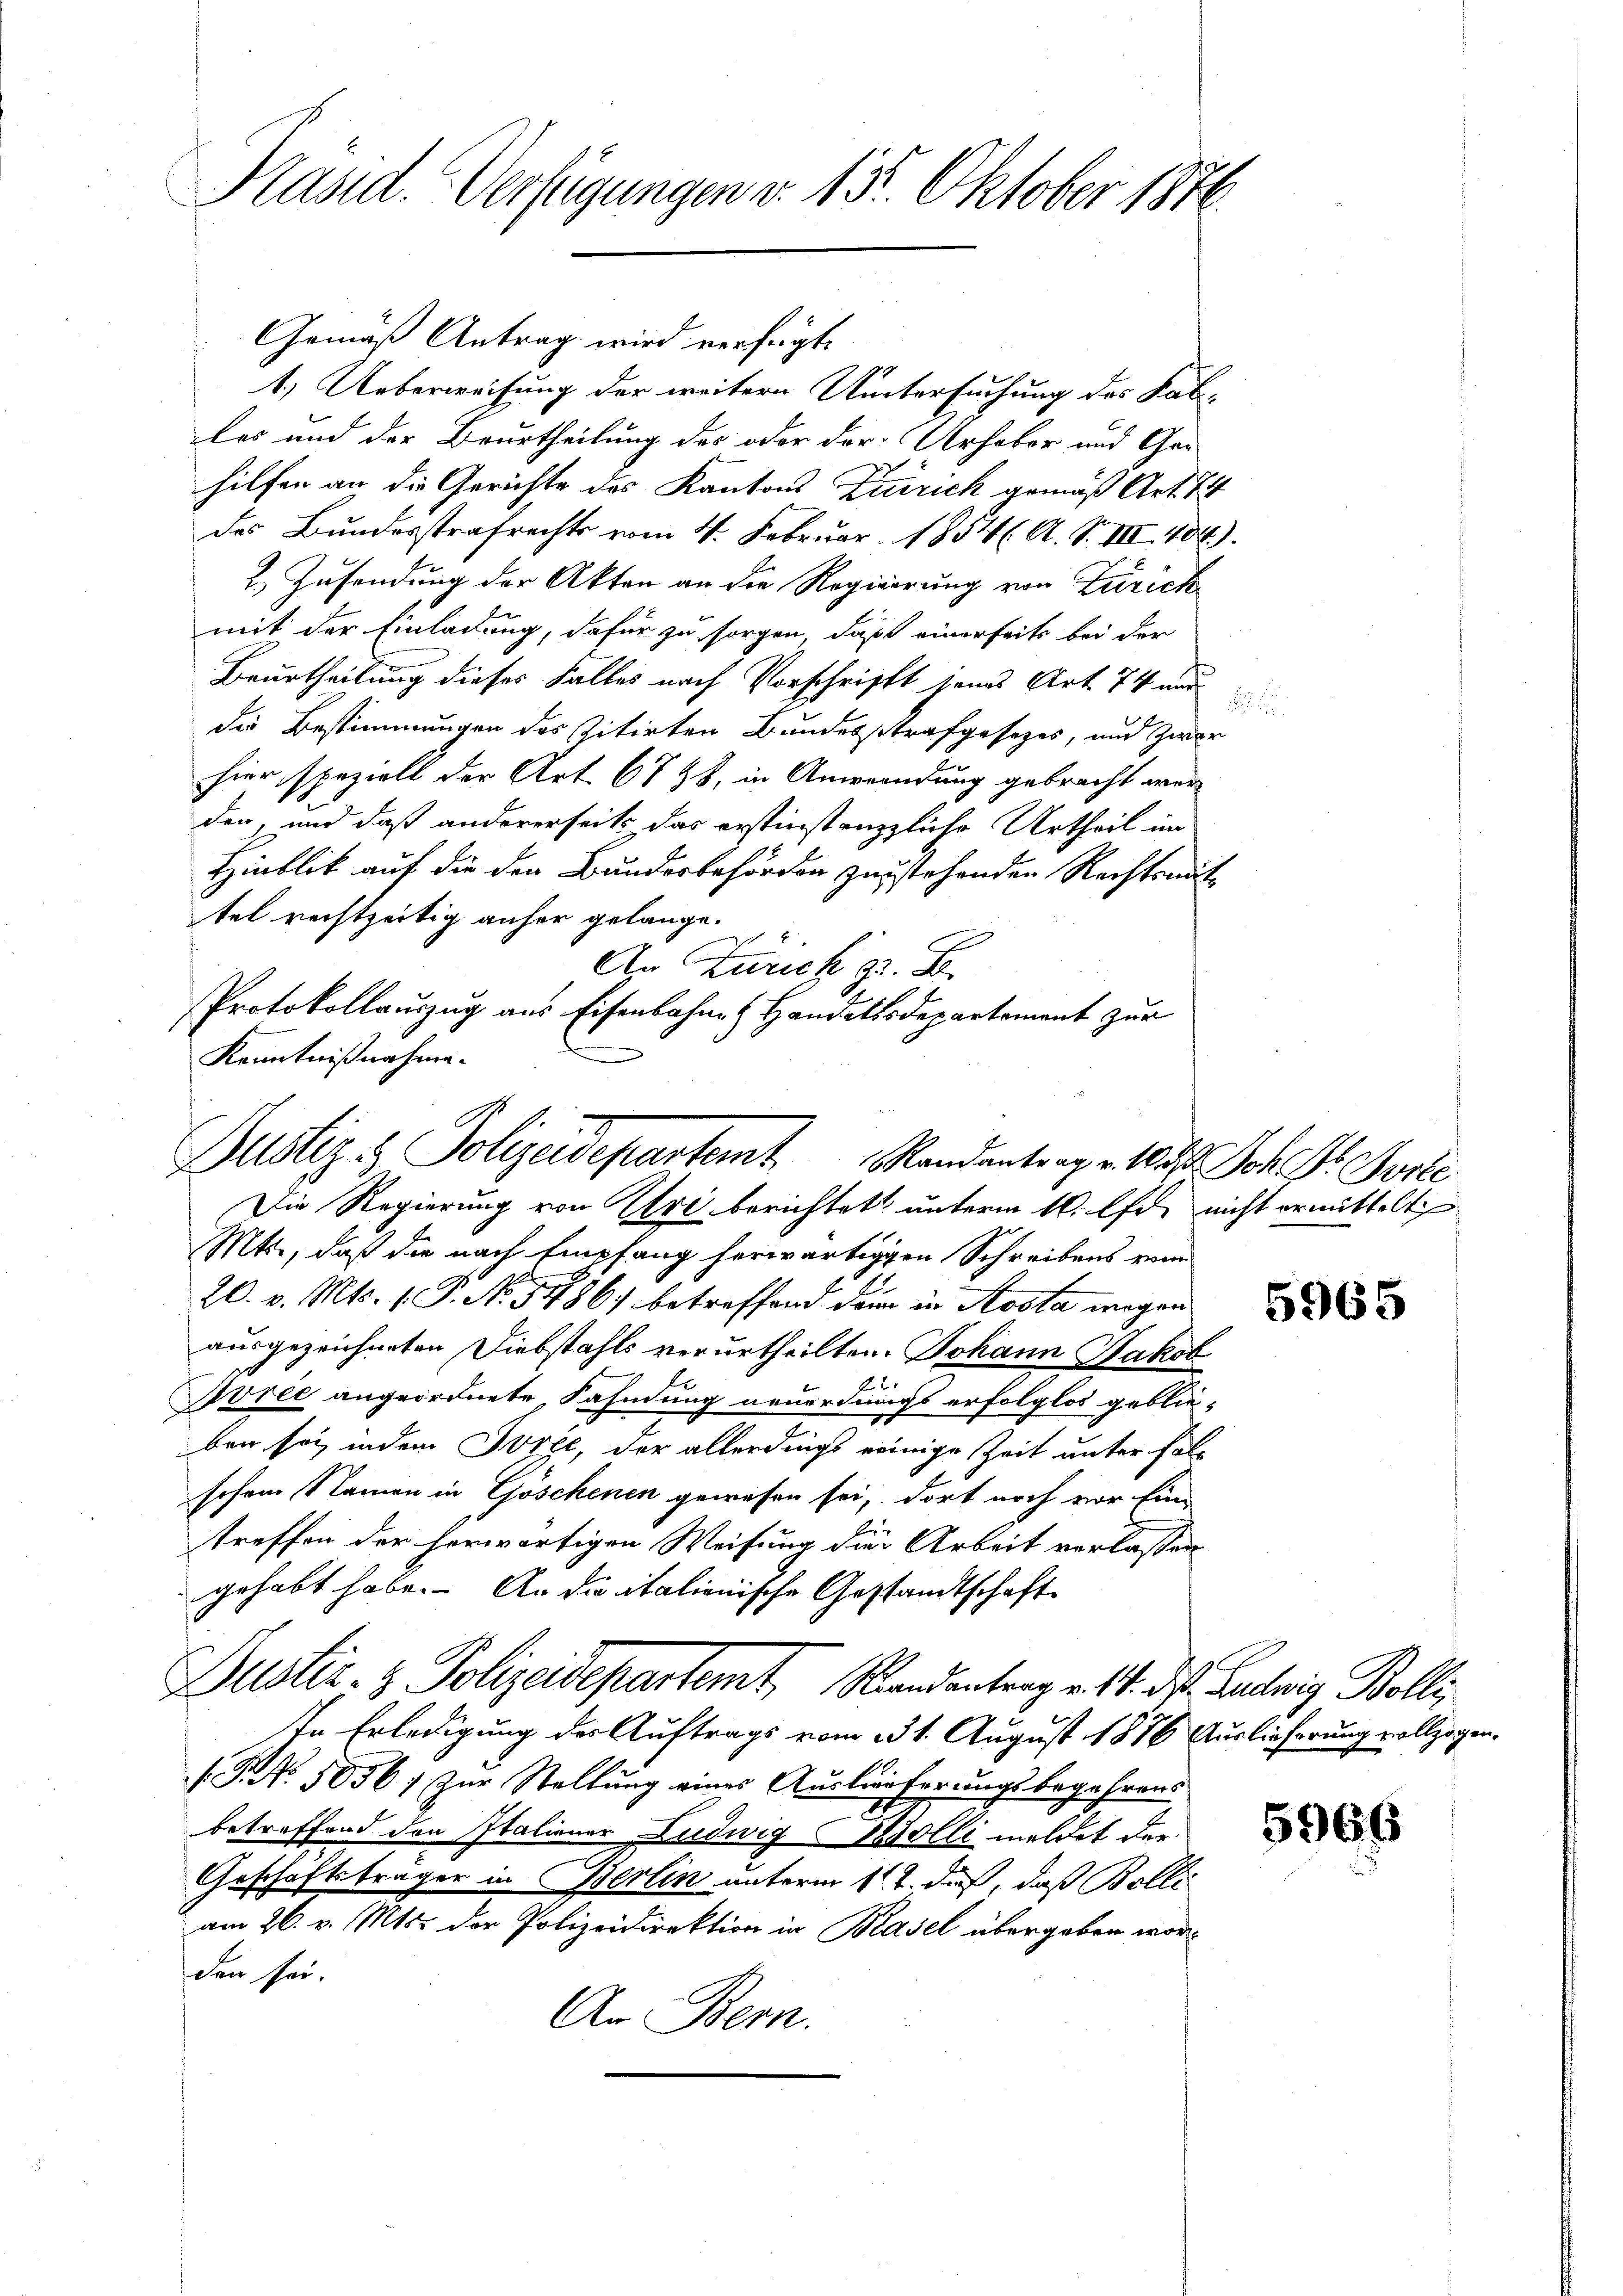
Kasid. Verfügungen v. 13. Oktober 1876.

Gemäß Antrag wird verfügt
1.) Ueberweisung der weitern Untersuchung des Falles und der Beurtheilung des oder der Urhaber und Gar
hilfen an die Gerichte des Kantons Zürich gemäß Art. 74
des Bundesstrafrechts vom 4. Februar 1854 (A. S. III. 404).
2.) Zusendung der Akten an die Regierung von Zürich
mit der Einladung, dafür zu sorgen, daß einerseits bei der
Beurtheilung dieses Falles nach Vorschrifft jenes Art. 74 und
die Bestimmungen des zitirten Bundesstrafgesezes, und zwar
hier, speziell der Art. 67 48, in Anwendung gebracht werden, und daß andererseits das erstinstanzzliche Urtheil im
Hinblik auf die der Bundesbehörden zustehenden Rechtsmittel rechtzeitig anher gelange.
An Zürich z. B.
Protokollauszug aus Eisenbahnen Handelssdepartement zur
Kenntnißnahme.

Justiz & Polizeidepartem Randantrag v. 1830. Joh. Pr. Sorte
Die Regierung von Uri berichtet unterm 10. Oft nicht ermittelt

Mtt., daß die nach Empfang herwärtigen Schreibens vom
20. v. Mts. (T. No. 5486) betreffend den in Aosta wegen
ausgezeichneten Diebstahls verurtheilten. Johann Jakob
Svree angeordnete Fahndung neuerdings erfolglos geblieben sei, indem Irée, der allerdings einige Zeit unter falschon Namen in Göschenen gewesen sei, dort noch vor Ein
treffen der herwärtigen Weisung die Arbeit verlassen.
gehabt habe. An die italienische Gestandtschaft
Dustiz- & Polizeidepartemt, Randentrag v. 14. des Antrig Bolli
In Erledigung der Auftrags vom 231. August 1876 Auslieferung vollzogen.
(P.NNo. 5056; zur Stellung eines Auslieferungsbegehrens
betreffend den Italiener Ludwig Wolli meldet der
Geschäftsträger in Berlin unterm 1ten dieß, daß Bolli
am 26. v. Mts. der Polizeidirektion in Basel übergeben worden sei.
An Bern.

5965

5966